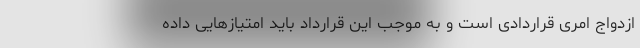
ازدواج امری قراردادی است و به موجب این قرارداد باید امتیازهایی داده